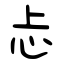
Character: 忐